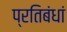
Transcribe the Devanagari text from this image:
प्रतिबंधां